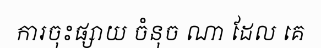
ការចុះផ្សាយ ចំនុច ណា ដែល គេ